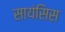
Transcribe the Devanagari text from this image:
सायंसिस